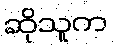
ဆိုသူက